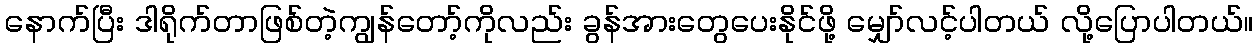
နောက်ပြီး ဒါရိုက်တာဖြစ်တဲ့ကျွန်တော့်ကိုလည်း ခွန်အားတွေပေးနိုင်ဖို့ မျှော်လင့်ပါတယ် လို့ပြောပါတယ်။